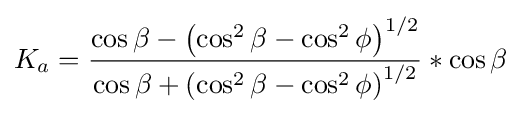
K_{a}={\frac {\cos \beta -\left(\cos ^{2}\beta -\cos ^{2}\phi \right)^{1/2}}{\cos \beta +\left(\cos ^{2}\beta -\cos ^{2}\phi \right)^{1/2}}}*\cos \beta